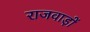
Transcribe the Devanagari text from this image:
राजवाड़ों